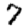
Digit: 7